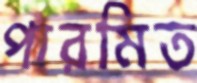
পারমিত